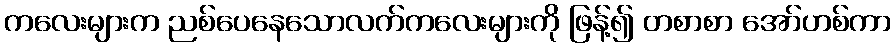
ကလေးများက ညစ်ပေနေသောလက်ကလေးများကို ဖြန့်၍ တစာစာ အော်ဟစ်ကာ